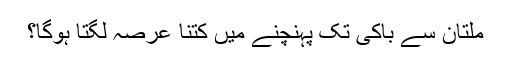
ملتان سے باکی تک پہنچنے میں کتنا عرصہ لگتا ہوگا؟